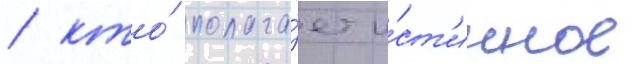
/ кто́ полага́ет и́ст'инное